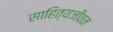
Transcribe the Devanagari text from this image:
साहित्यजीवन